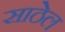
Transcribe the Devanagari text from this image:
साठेल